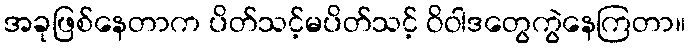
အခုဖြစ်နေတာက ပိတ်သင့်မပိတ်သင့် ဝိဝါဒတွေကွဲနေကြတာ။